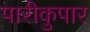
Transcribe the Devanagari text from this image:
पारीकुपार